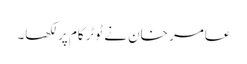
عامر خان نے ٹوٹرکام پر لکھا۔